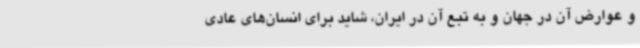
و عوارض آن در جهان و به تبع آن در ایران، شاید برای انسان‌های عادی